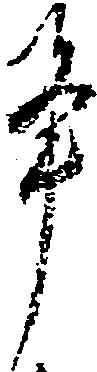
畢